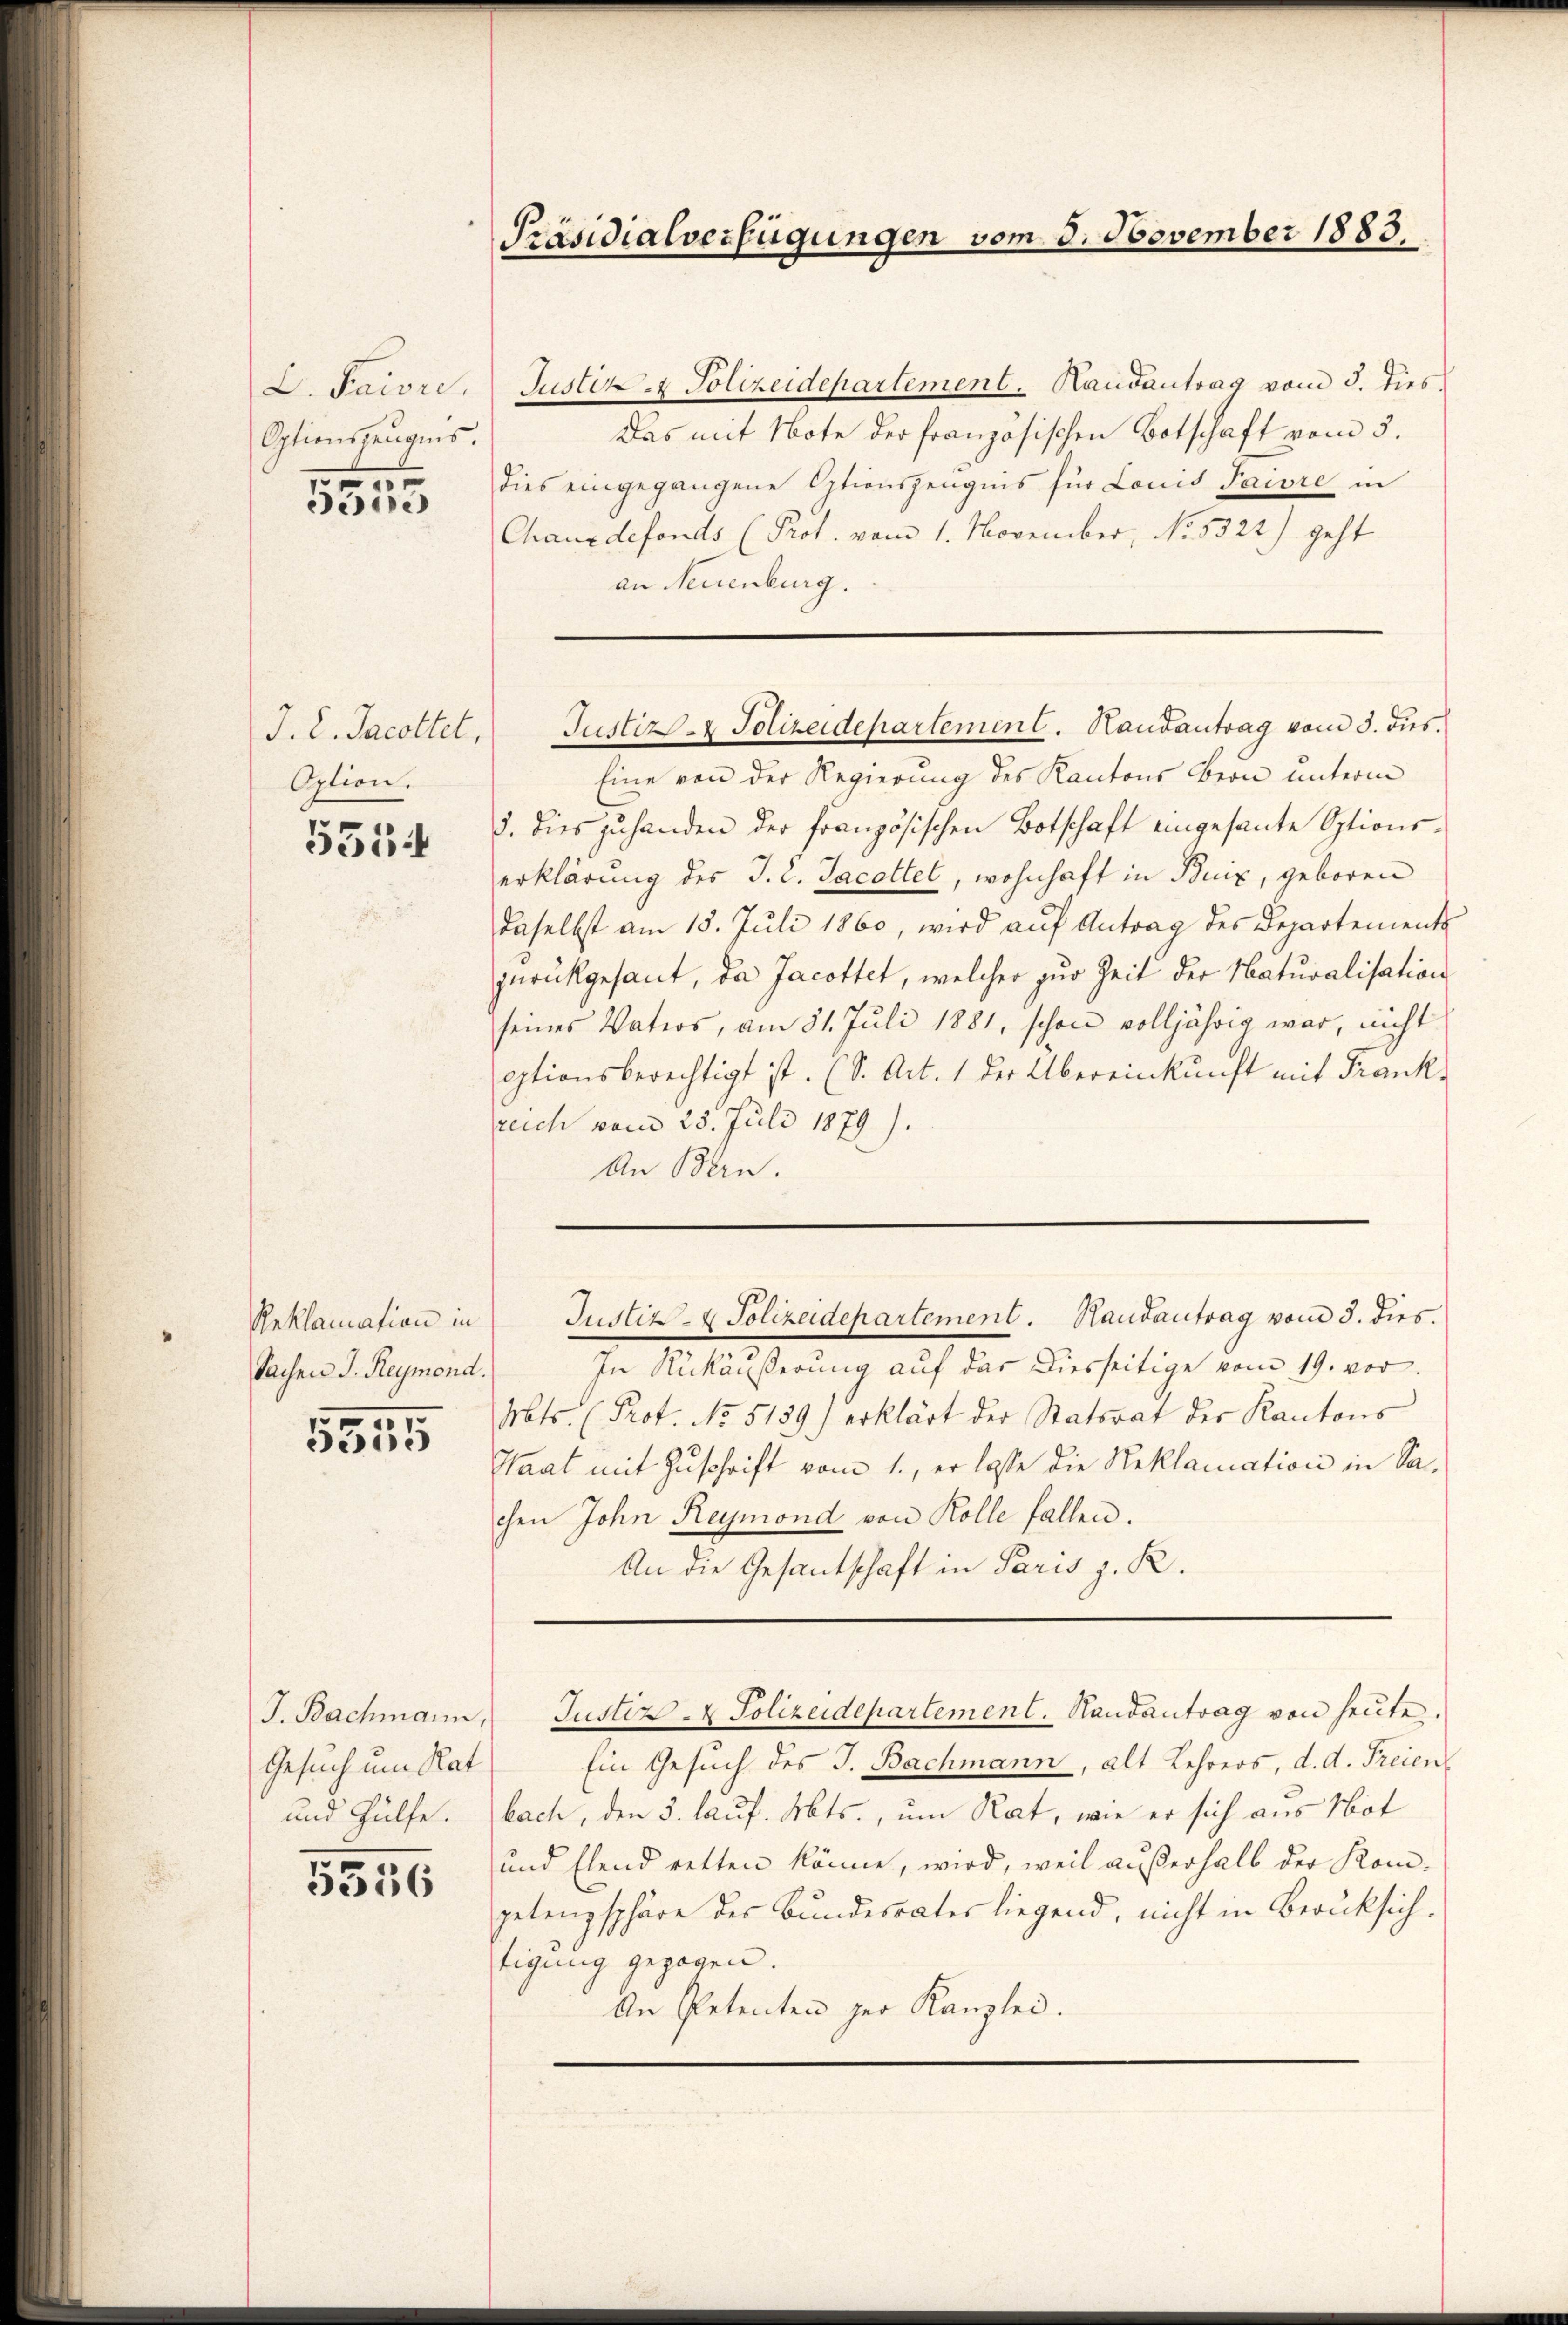
D. Kaise.
Optionszeŭgnis.
e

5300

J. L. Jacottet,
Option.

5554

Reklamation in
Sachen J. Reymond.

5555

J. Bachmann,
Gesuch um Rat
und Hülfe.

5356

Präsidialverfügungen vom 8. November 1883.

Justiz- & Polizeidepartement. Handantrag vom 3. dies
Das mit Note der französischen Botschaft vom 3.
dies eingegangene Optionszeugnis für Louis Paure in
Chauxdefonds (Prot. vom 1. November, No. 5322) geht
an Neuenburg.
Eine von der Regierung des Kantons Bern unterm
3. Dies zuhanden der französischen Botschaft eingesante Optionserklärung des J. C. Jacottel, wohnhaft in Bunz, geboren
daselbst am 18. Juli 1860, wird aŭf Antrag des Departements
zurückgesant, da Jacottet, welcher zur Zeit der Naturalisation
seines Vaters, am 31. Juli 1881, schon volljährig war, nicht
eptionsberechtigt ist. (S. Art. 1 der Übereinkunft mit Frank,
reich vom 25. Juli 1879).
An Bern.
Justiz- & Polizeidepartement. Hautantrag vom 3. dies.
In Rückäußerung auf das Diesseitige vom 19. vor
Mts. (Prot. No 5139) erklärt der Statsrat der Kantons
Staat mit Zuschrift vom 1., er lasse die Reklamation in Sachen John Reymond von Kolle fallen.
An die Gesantschaft in Paris z. R.
Justiz - Polizeidepartement. Handantrag von heute.
Ein Gesuch des J. Bachmann, alt Lehrers, d. d. Freien
bach, den 3. lauf. Mts., um Rat, wie er sich aus Not
und Elend retten könne, wird, weil außerhalb der Kompetenzsphäre des Bundesrates liegend, nicht in Berücksichtigung gezogen.
An Petenten der Kanzlei.

Justiz- & Polizeidepartement. Hausantrag vom 3. dus.